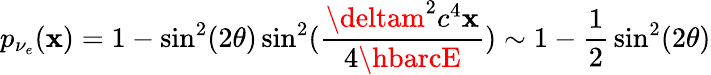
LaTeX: p_{\nu_{e}}(\mathbf{x})=1-\sin^{2}(2\theta)\sin^{2}({\frac{{\deltam^{2}c^{4}\mathbf{x}}}{{4\hbarcE}}})\sim1-{\frac{{1}}{{2}}}\sin^{2}(2\theta)